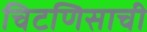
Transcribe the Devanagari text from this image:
चिटणिसाची